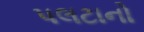
પલટાનો